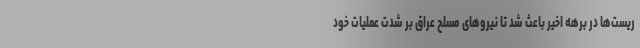
ریست‌ها در برهه اخیر باعث شد تا نیروهای مسلح عراق بر شدت عملیات خود